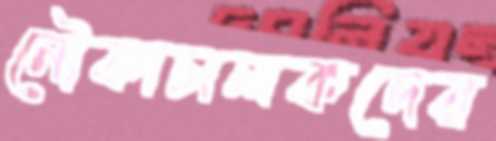
নৌকাচালকদের